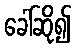
ခေါ်ဆို၍